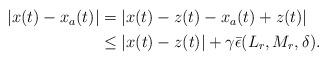
LaTeX: \begin{align*} \begin{aligned}|x(t)-x_a(t)|&=|x(t)-z(t)-x_a(t)+z(t)| \\ & \leq |x(t)-z(t)| +\gamma \bar \epsilon(L_r,M_r, \delta).\end{aligned}\end{align*}